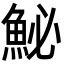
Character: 鮅